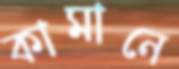
কামানে